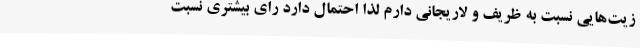
زیت‌هایی نسبت به ظریف و لاریجانی دارم لذا احتمال دارد رای بیشتری نسبت